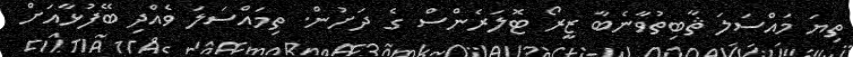
ތިޔަ މައްސަލަ ޘާބިތުވާނެބާ ޒީރޯ ޓޮލަރެންސް ގެ ދަށުން. ތިމައްސަލަ ވެއްދި ބޭފުޅާއަށް